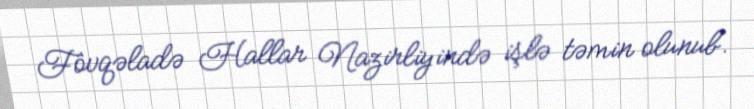
Fövqəladə Hallar Nazirliyində işlə təmin olunub.